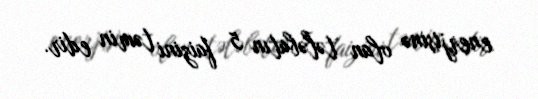
enerjisinə olan tələbatın 5 faizini təmin edir.